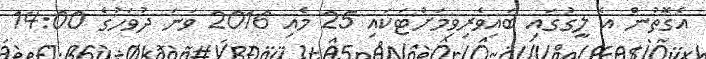
އެގޮތުން އެ ލީގުގައި ބައިވެރިވިމަށްޓަކައި 25 މެއި 2016 ވަނަ ދުވަހުގެ 14:00